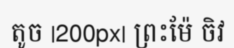
តូច |200px| ព្រះម៉ែ ចិវ